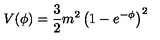
V ( \phi ) = \frac { 3 } { 2 } m ^ { 2 } \left( 1 - e ^ { - \phi } \right) ^ { 2 }